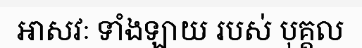
ឣាសវៈ ទាំងឡាយ របស់ បុគ្គល